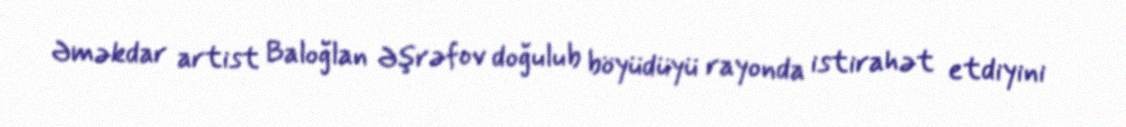
Əməkdar artist Baloğlan Əşrəfov doğulub böyüdüyü rayonda istirahət etdiyini